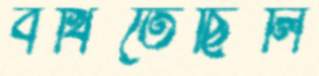
বখিতেছিলি